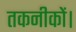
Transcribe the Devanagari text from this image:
तकनीकों।